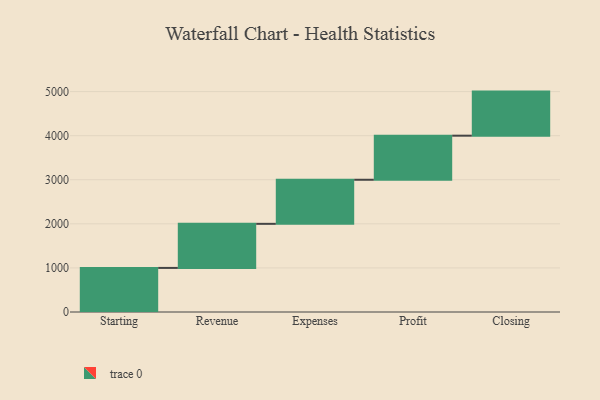
{"axis": {"x": "Step", "y": "Value"}, "legend": [""], "data": [{"x": "Starting", "y": 1000, "type": ""}, {"x": "Revenue", "y": 1000, "type": ""}, {"x": "Expenses", "y": 1000, "type": ""}, {"x": "Profit", "y": 1000, "type": ""}, {"x": "Closing", "y": 1000, "type": ""}]}